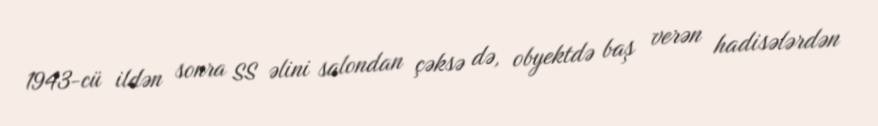
1943-cü ildən sonra SS əlini salondan çəksə də, obyektdə baş verən hadisələrdən